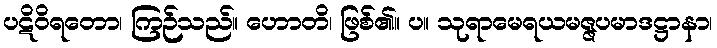
ပဋိဝိရတော၊ ကြဉ်သည်။ ဟောတိ၊ ဖြစ်၏။ ပ။ သုရာမေရယမဇ္ဇပမာဒဋ္ဌာနာ၊